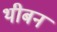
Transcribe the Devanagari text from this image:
थीबन